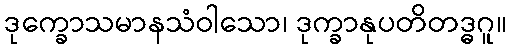
ဒုက္ခောသမာနသံဝါသော၊ ဒုက္ခာနုပတိတဒ္ဓဂူ။